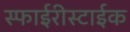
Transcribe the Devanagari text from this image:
स्फाईरीस्टाईक